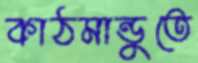
কাঠমান্ডুতে